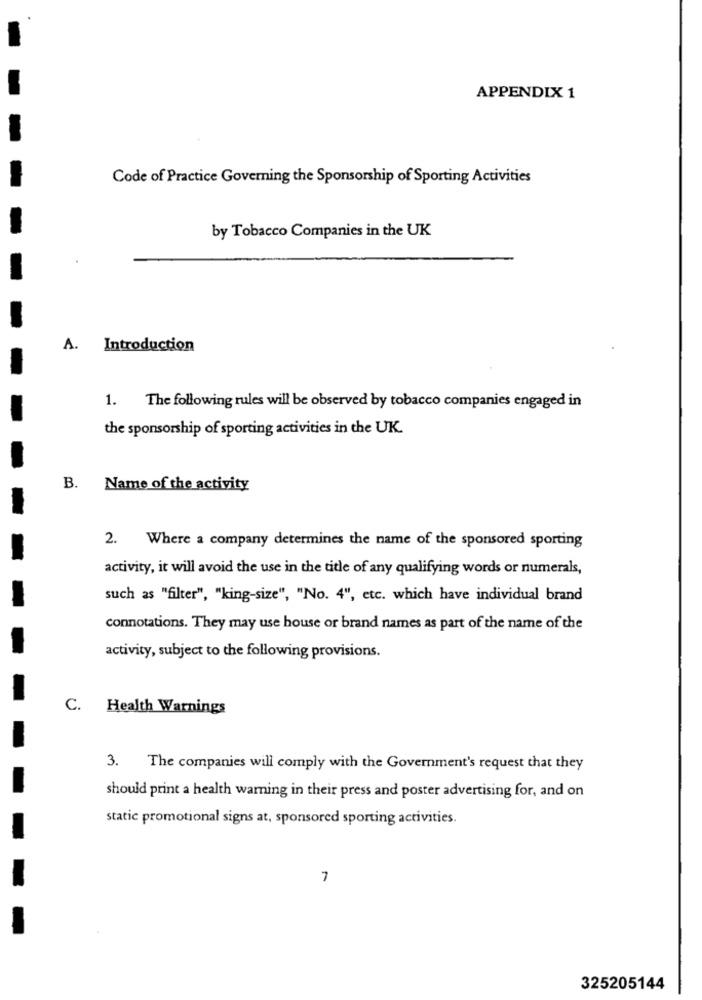
APPENDIX 1
Code of Practice Governing the Sponsorship of Sporting Activities
by Tobacco Companies in the UK
A. Introduction
1. The following rules will be observed by tobacco companies engaged in
the sponsorship of sporting activities in the UK.
B.
Name of the activity
2. Where a company determines the name of the sponsored sporting
activity, it will avoid the use in the title of any qualifying words or numerals,
such as "filter", "king-size", "No. 4", etc. which have individual brand
connotations. They may use house or brand names as part of the name of the
activity, subject to the following provisions.
C. Health Warnings
3. The companies will comply with the Government's request that they
should print a health warning in their press and poster advertising for, and on
static promotional signs at, sponsored sporting activities.
1
325205144